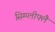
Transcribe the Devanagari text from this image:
सिम्प्लीफ्लै